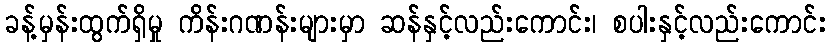
ခန့်မှန်းထွက်ရှိမှု ကိန်းဂဏန်းများမှာ ဆန်နှင့်လည်းကောင်း၊ စပါးနှင့်လည်းကောင်း